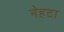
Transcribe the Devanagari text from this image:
नेहटा